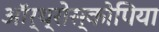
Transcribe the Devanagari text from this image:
ऑर्थ्रोस्कोपिया